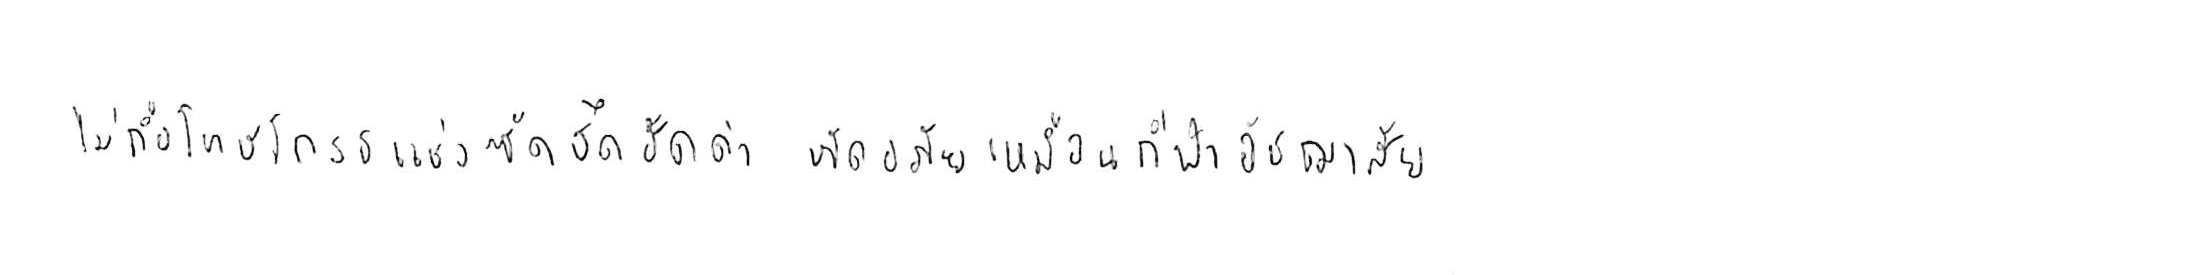
ไม่ถือโทษโกรธแช่งซัดฮึดฮัดด่า หัดอภัยเหมือนกีฬาอัชฌาสัย